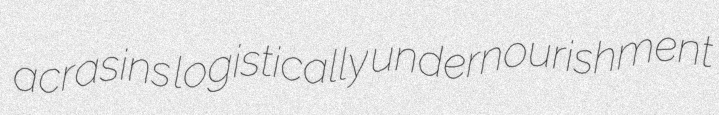
acrasins logistically undernourishment